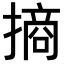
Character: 𢳣